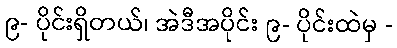
၉- ပိုင်းရှိတယ်၊ အဲဒီအပိုင်း ၉- ပိုင်းထဲမှ -